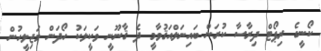
ކޯނީގެ ރިޕޯޓް ދިރާސާ ކުރަން ބައިނަލްއަޤުވާމީ ދެ ޤާނޫނީ ވަކީލަކު ހޯދަން މަޖިލީހުން